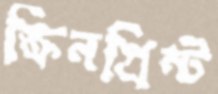
স্ক্রিনপ্রিন্ট